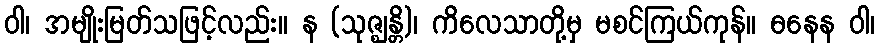
ဝါ၊ အမျိုးမြတ်သဖြင့်လည်း။ န (သုဇ္ဈန္တိ)၊ ကိလေသာတို့မှ မစင်ကြယ်ကုန်။ ဓနေန ဝါ၊